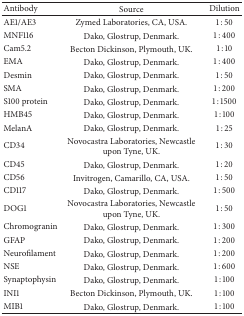
<table><thead><tr><td><b>Antibody</b></td><td><b>Source</b></td><td><b>Dilution</b></td></tr></thead><tbody><tr><td>AE1/AE3</td><td>Zymed Laboratories, CA, USA.</td><td>1 : 50</td></tr><tr><td>MNF116</td><td>Dako, Glostrup, Denmark.</td><td>1 : 400</td></tr><tr><td>Cam5.2</td><td>Becton Dickinson, Plymouth, UK.</td><td>1 : 10</td></tr><tr><td>EMA</td><td>Dako, Glostrup, Denmark.</td><td>1 : 400</td></tr><tr><td>Desmin</td><td>Dako, Glostrup, Denmark. </td><td>1 : 50</td></tr><tr><td>SMA</td><td>Dako, Glostrup, Denmark.</td><td>1 : 200</td></tr><tr><td>S100 protein</td><td>Dako, Glostrup, Denmark.</td><td>1 : 1500</td></tr><tr><td>HMB45</td><td>Dako, Glostrup, Denmark.</td><td>1 : 100</td></tr><tr><td>MelanA</td><td>Dako, Glostrup, Denmark.</td><td>1 : 25</td></tr><tr><td>CD34</td><td>Novocastra Laboratories, Newcastle upon Tyne, UK. </td><td>1 : 30</td></tr><tr><td>CD45</td><td>Dako, Glostrup, Denmark.</td><td>1 : 20</td></tr><tr><td>CD56</td><td>Invitrogen, Camarillo, CA, USA.</td><td>1 : 50</td></tr><tr><td>CD117</td><td>Dako, Glostrup, Denmark.</td><td>1 : 500</td></tr><tr><td>DOG1</td><td>Novocastra Laboratories, Newcastle upon Tyne, UK.</td><td>1 : 50</td></tr><tr><td>Chromogranin</td><td>Dako, Glostrup, Denmark.</td><td>1 : 300</td></tr><tr><td>GFAP</td><td>Dako, Glostrup, Denmark.</td><td>1 : 200</td></tr><tr><td>Neurofilament</td><td>Dako, Glostrup, Denmark.</td><td>1 : 200</td></tr><tr><td>NSE</td><td>Dako, Glostrup, Denmark.</td><td>1 : 600</td></tr><tr><td>Synaptophysin </td><td>Dako, Glostrup, Denmark.</td><td>1 : 100</td></tr><tr><td>INI1</td><td>Becton Dickinson, Plymouth, UK. </td><td>1 : 100</td></tr><tr><td>MIB1</td><td>Dako, Glostrup, Denmark.</td><td>1 : 100</td></tr></tbody></table>